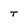
Character: T